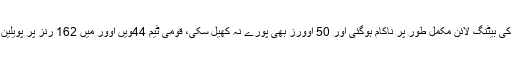
دبئی میں کھیلے جارہے ایشیا کپ کے اہم میچ میں پاکستان کی بیٹنگ لائن مکمل طور پر ناکام ہوگئی اور 50 اوورز بھی پورے نہ کھیل سکی، قومی ٹیم 44ویں اوور میں 162 رنز پر پویلین لوٹ گئی جس کے جواب میں بھارت کی بیٹنگ جاری ہے۔